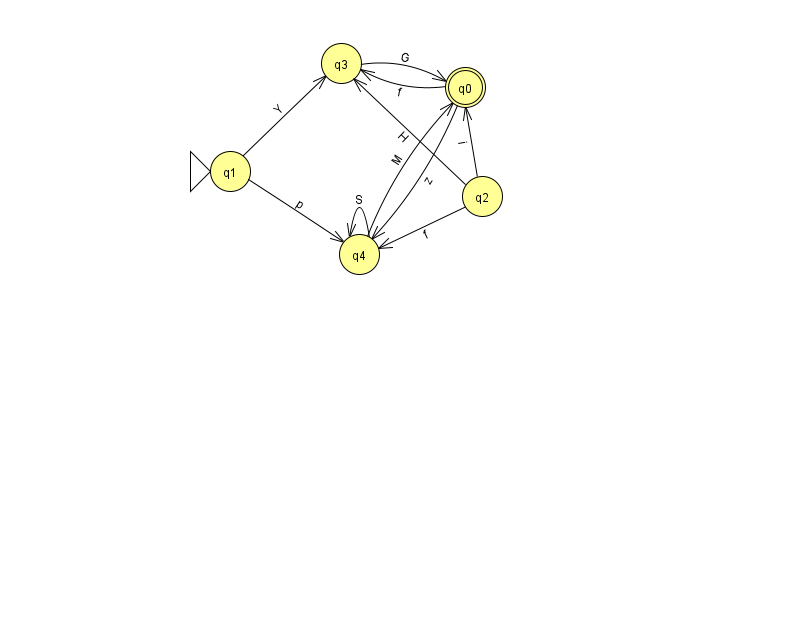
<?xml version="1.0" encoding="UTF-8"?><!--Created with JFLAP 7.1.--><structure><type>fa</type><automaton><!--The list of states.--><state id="0" name="q0"><x>465.0</x><y>74.0</y><final/></state><state id="1" name="q1"><x>230.0</x><y>158.0</y><initial/></state><state id="2" name="q2"><x>482.0</x><y>183.0</y></state><state id="3" name="q3"><x>341.0</x><y>50.0</y></state><state id="4" name="q4"><x>359.0</x><y>241.0</y></state><!--The list of transitions.--><transition><from>1</from><to>3</to><read>Y</read></transition><transition><from>4</from><to>4</to><read>S</read></transition><transition><from>1</from><to>4</to><read>p</read></transition><transition><from>2</from><to>0</to><read>i</read></transition><transition><from>4</from><to>0</to><read>M</read></transition><transition><from>0</from><to>4</to><read>z</read></transition><transition><from>2</from><to>3</to><read>H</read></transition><transition><from>2</from><to>4</to><read>f</read></transition><transition><from>0</from><to>3</to><read>f</read></transition><transition><from>3</from><to>0</to><read>G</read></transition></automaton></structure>